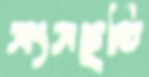
সংসড়ৃতি